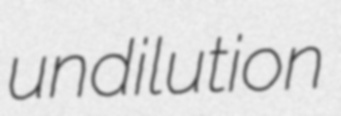
undilution